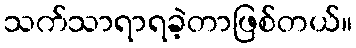
သက်သာရာရခဲ့တာဖြစ်တယ်။